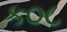
ક૦૮